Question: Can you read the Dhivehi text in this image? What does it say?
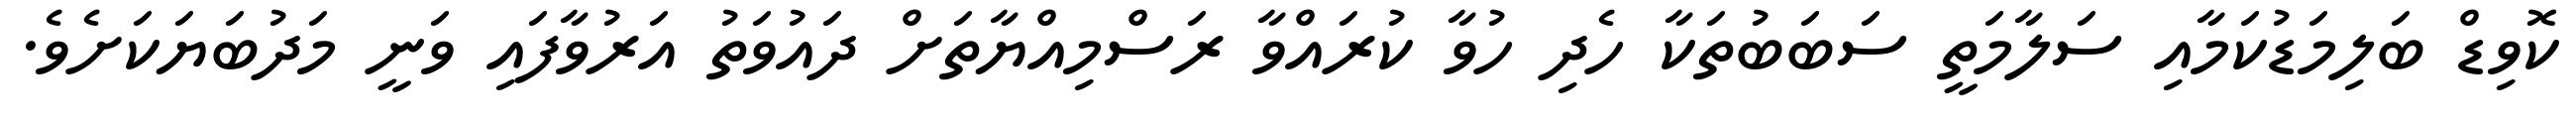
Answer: ކޮވިޑް ބަލިމަޑުކަމާއި ސަލާމަތީ ސަބަބުތަކާ ހެދި ހުވާ ކުރައްވާ ރަސްމިއްޔާތަށް ދައުވަތު އަރުވާފައި ވަނީ މަދުބަޔަކަށެވެ.